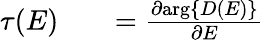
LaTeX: \begin{array}{rlr}{\tau(E)}&{{}}&{=\frac{\partial\mathrm{arg}\{ D(E)\} }{\partial E}}\end{array}